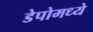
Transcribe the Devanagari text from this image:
डेपोमध्ये